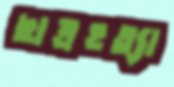
ছাত্রহত্যা